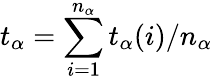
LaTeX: t_{\alpha}=\sum_{i=1}^{n_{\alpha}}t_{\alpha}(i)/n_{\alpha}